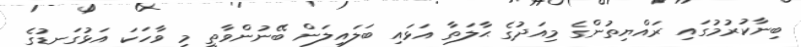
ބިނާކުރުމުގައި ރައްޔިތުންގެ މިއަދުގެ ޙާލަތާ އަޅައި ބަލައިލަން ބޭނުންވާތީ މި ވާހަކަ އަޅުގަނޑުގެ